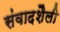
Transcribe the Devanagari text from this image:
संवादशैली